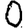
Digit: 0